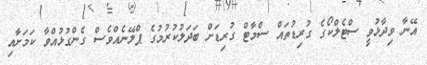
އޭނާ ވިދާޅުވީ ސްޓެލްކޯގެ ގުރިޑުތައް ސްމާޓް ގުރިޑަށް ބަދަލުކުރުމުގެ ޕްލޭނެއްވެސް ގެންގުޅުއްވާ ކަމަށާއި